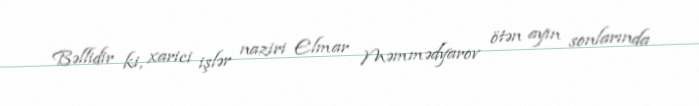
Bəllidir ki, xarici işlər naziri Elmar Məmmədyarov ötən ayın sonlarında